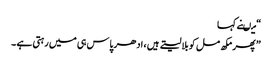
“ میںنے کہا
” پھر مکھ مل کو بلا لیتے ہیں ، ادھر پاس ہی میں رہتی ہے ۔